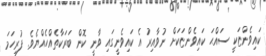
ކައިވެންޏަކީ ސައްޙަ ކައިވެންޏަކަށް ނުވާއިރު އެ ކައިވެނީގައި ވާނީ ކޮން ބަރަކާތެއްހެއްޔެވެ. ފުރިހަމަ